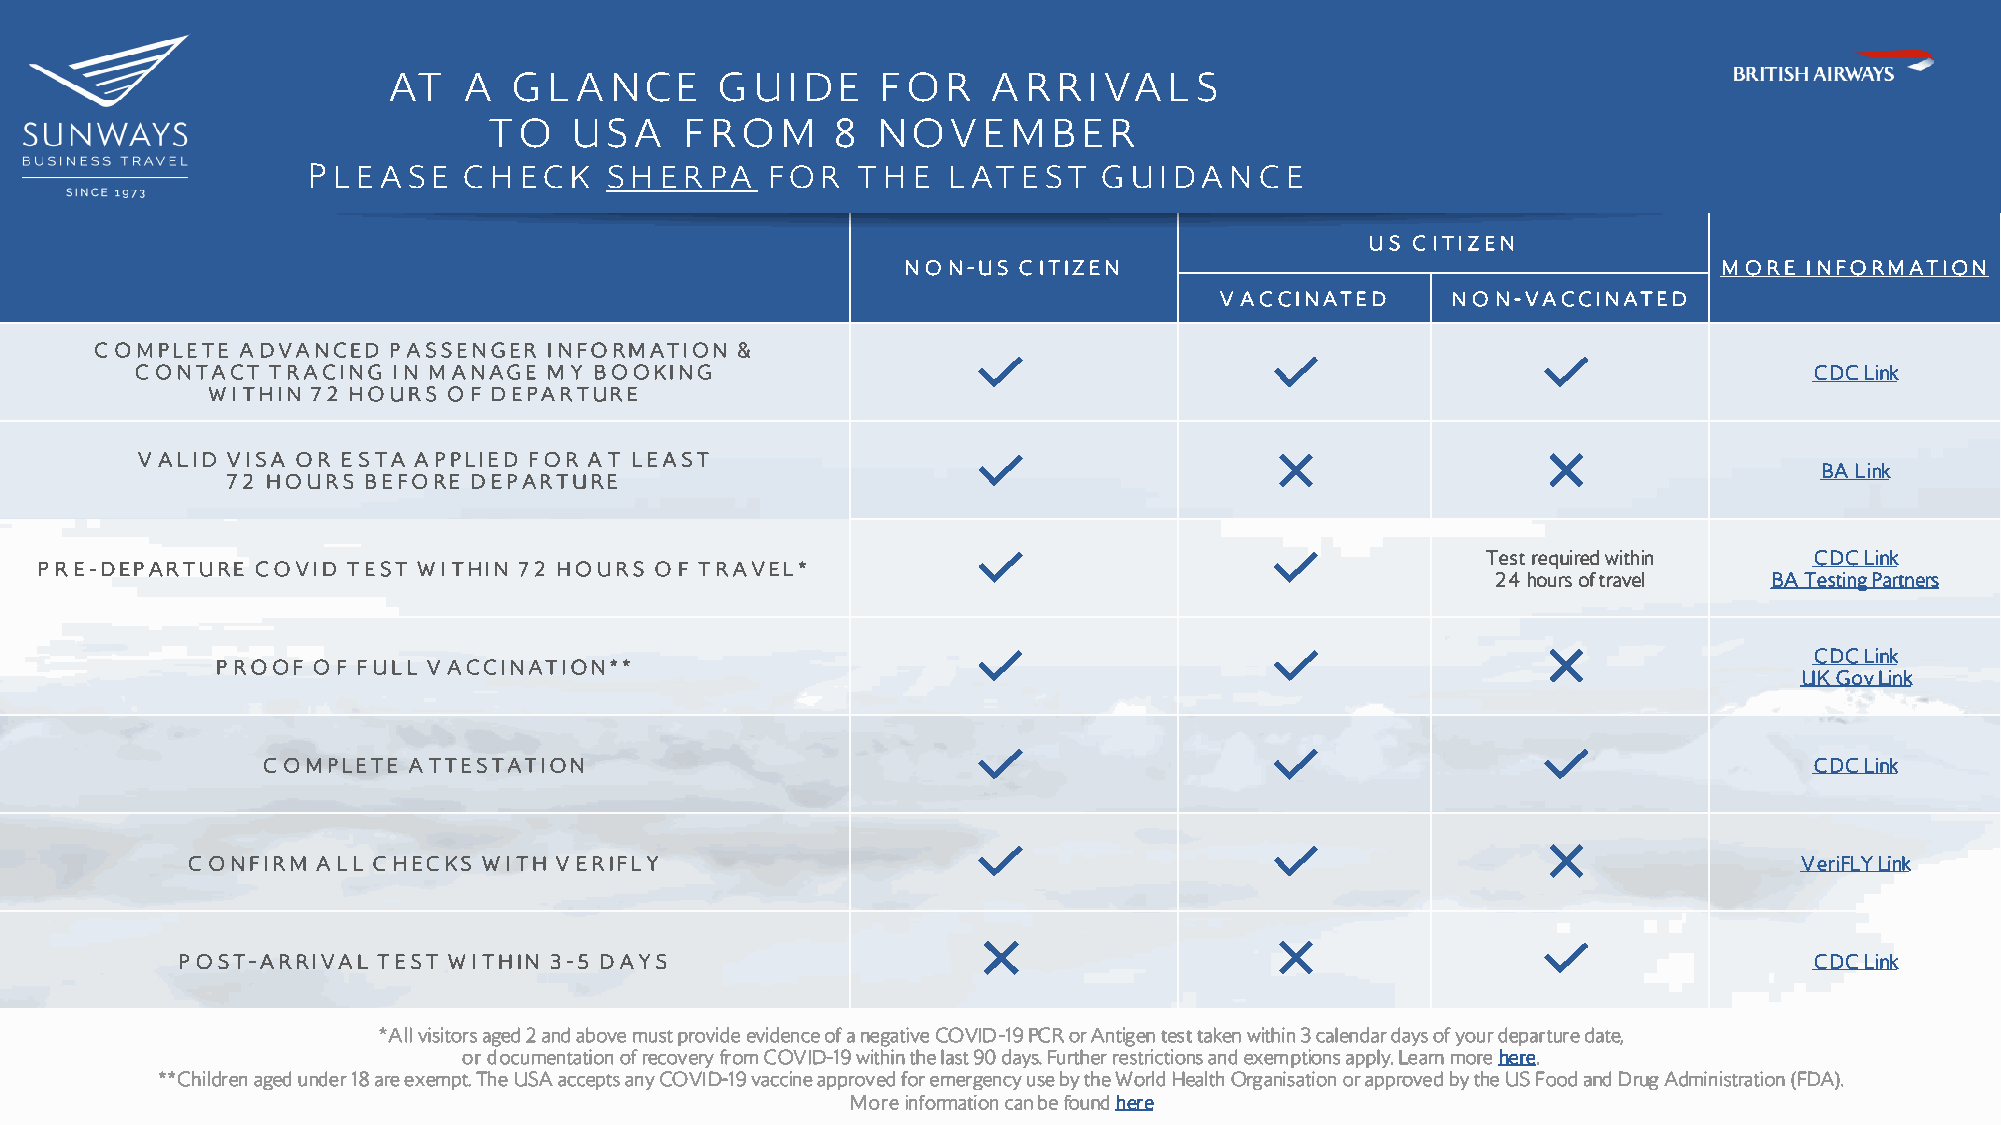
AT   A  G L A NCE     G UI DE   F O  R  A R R I VA L S
 T O   USA    F R O  M  8  NOV    E M  B E R
 P L E A SE CH E CK  SH  E R PA FOR   T H E L AT E ST G UI DA N CE
 US C ITIZEN
 NO N-US C ITIZEN                                      M ORE INFORMATION
 V ACCINATED    NO N-VACCINATED
 C OMPLETE A DVANCED P ASSENGER INFORMATION &
 C ONTACT TRACING IN M ANAGE M Y BOOKING                                                                        CDC Link
 WITHIN 72 HOURS O F DEPARTURE
 V ALID VISA OR ESTA A PPLIED FOR A T LEAST
 BA Link
 72 HOURS BEFORE DEPARTURE
 Test required within  CDC Link
 P RE-DEPARTURE COVID TEST WITHIN 72 HOURS O F TRAVEL*
 24 hours of travel BA Testing Partners
 CDC Link
 P ROOF O F FULL V ACCINATION**
 UK Gov Link
 C OMPLETE A TTESTATION                                                                                 CDC Link
 C ONFIRM A LL C HECKS WITH V ERIFLY                                                                        VeriFLY Link
 P OST-ARRIVAL TEST WITHIN 3-5 DAYS                                                                          CDC Link
 *All visitors aged 2 and above must provide evidence of a negative COVID-19 PCR or Antigen test taken within 3 calendar days of your departure date,
 or documentation of recovery from COVID-19 within the last 90 days. Further restrictions and exemptions apply. Learn more here.
 **Children aged under 18 are exempt. The USA accepts any COVID-19 vaccine approved for emergency use by the World Health Organisation or approved by the US Food and Drug Administration (FDA).
 More information can be found here